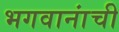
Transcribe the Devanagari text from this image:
भगवानांची